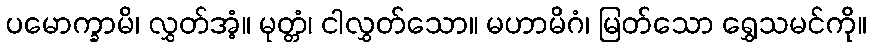
ပမောက္ခာမိ၊ လွှတ်အံ့။ မုတ္တံ၊ ငါလွှတ်သော။ မဟာမိဂံ၊ မြတ်သော ရွှေသမင်ကို။